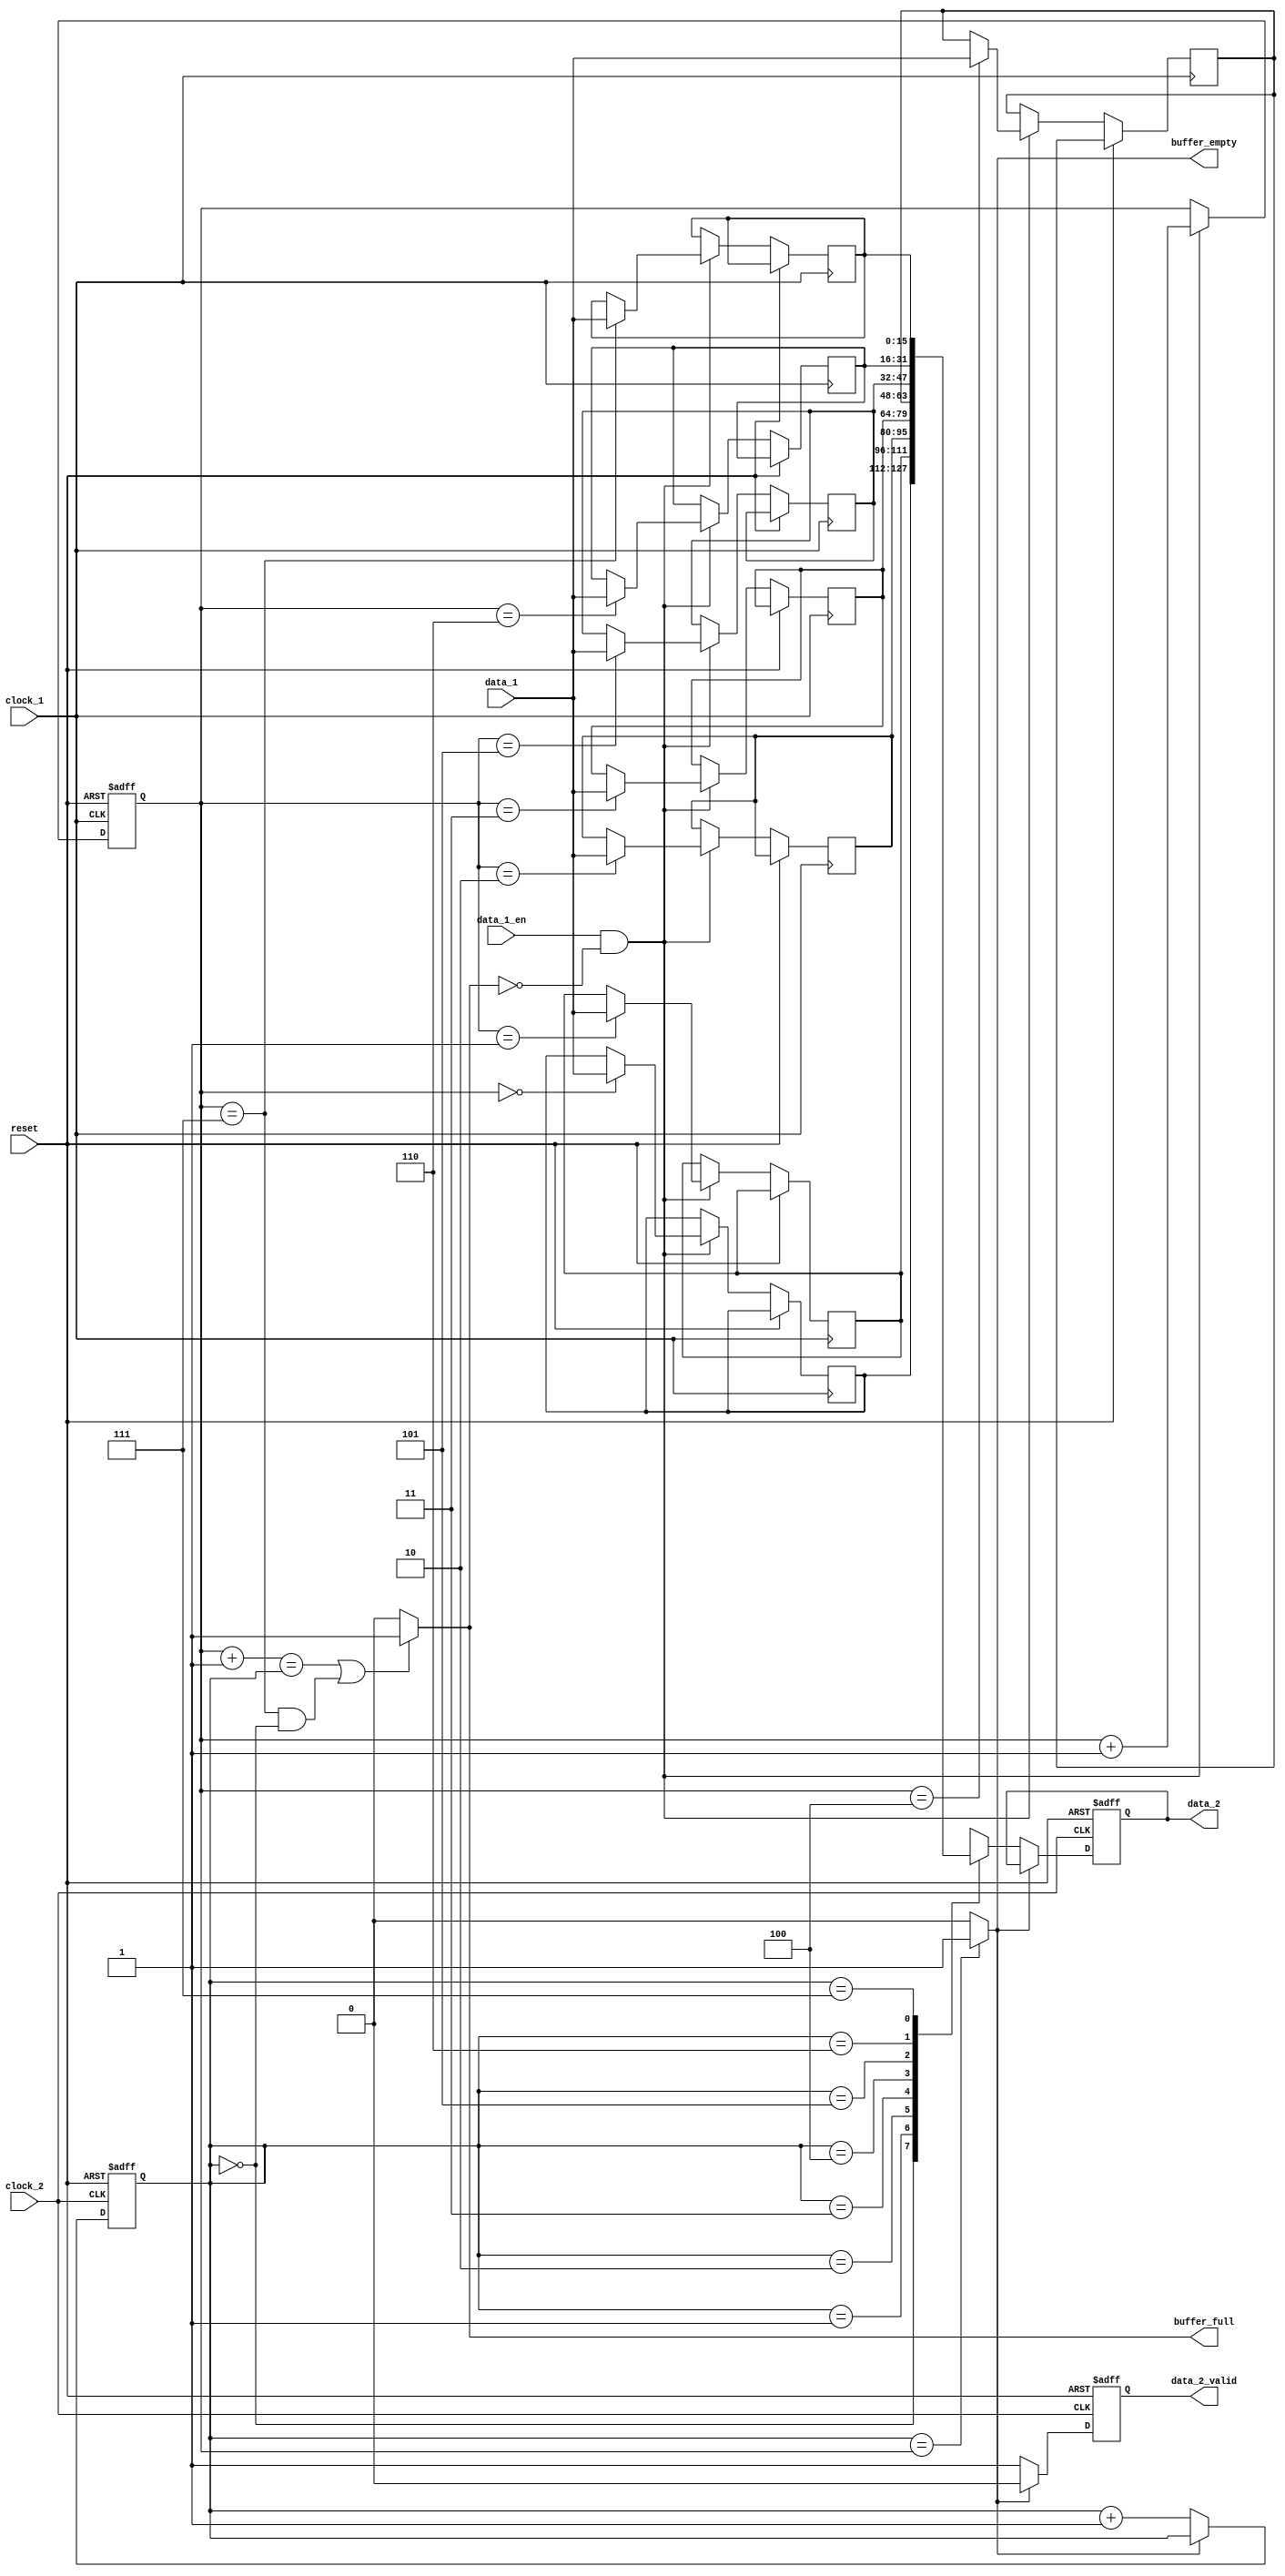
module wrapper (
    input reset, clock_1, clock_2, data_1_en,
    input [15:0] data_1,
    output buffer_empty, buffer_full, 
    output reg data_2_valid,
    output reg [15:0] data_2
); 

reg [15:0] buffer_reg [0:7];
reg [2:0] buffer_wr, buffer_rd;

assign buffer_full = ((buffer_wr + 1 == buffer_rd) || (buffer_wr == 3'b111 && buffer_rd == 3'b000)) ? 1'b1 : 1'b0;
assign buffer_empty = (buffer_rd == buffer_wr) ? 1'b1 : 1'b0;

always @(posedge clock_1 or posedge reset) begin
    if (reset) begin
        buffer_wr <= 3'b0;
    end
    else begin
        if (data_1_en && !buffer_full) begin
            buffer_reg[buffer_wr] <= data_1;
            buffer_wr <= buffer_wr + 1'b1;
        end
    end
end

always @(posedge clock_2 or posedge reset) begin
    if (reset) begin
        buffer_rd <= 3'b0;
        data_2 <= 16'b0;
        data_2_valid <= 1'b0;
    end  
    else begin
        if (!buffer_empty) begin
            data_2 <= buffer_reg[buffer_rd];
            data_2_valid <= 1'b1;
            buffer_rd <= buffer_rd + 1'b1;
        end
        else begin
            data_2_valid <= 1'b0;
        end
    end
end

endmodule